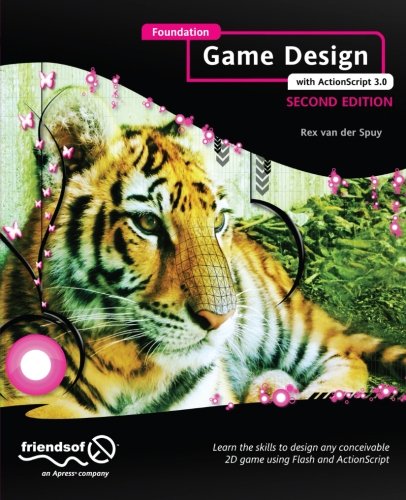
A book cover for Foundation Game Design with ActionScript 3.0; Rex van der Spuy; Computers & Technology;